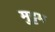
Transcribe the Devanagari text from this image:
मुट्टम